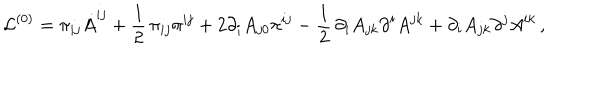
LaTeX: { \cal L } ^ { ( 0 ) } = \pi _ { i j } \dot { A } ^ { i j } + { \frac { 1 } { 2 } } \, \pi _ { i j } \pi ^ { i j } + 2 \partial _ { i } A _ { j 0 } \pi ^ { i j } - { \frac { 1 } { 2 } } \, \partial _ { i } A _ { j k } \partial ^ { i } A ^ { j k } + \partial _ { i } A _ { j k } \partial ^ { j } A ^ { i k } \, ,